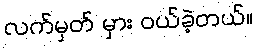
လက်မှတ် မှား ဝယ်ခဲ့တယ်။